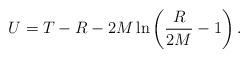
LaTeX: \begin{align*}U = T - R - 2M\ln\left(\frac{R}{2M} -1\right).\end{align*}